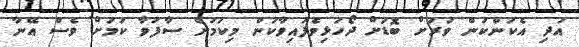
އަދި އެކަންކަން ވަރަށް ބޮޑަށް ދޯހަޅިވެފައިވާކަން މިކަމުން ސާފުވާ ކަމަށް ވެސް އޭނާ